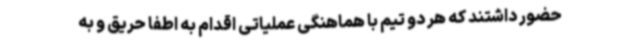
حضور داشتند که هر دو تیم با هماهنگی عملیاتی اقدام به اطفا حریق و به